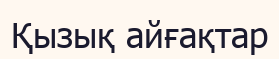
Қызық айғақтар